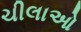
ચીલાઓ